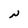
Character: N